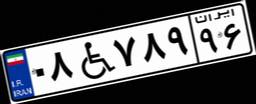
۰۸W۷۸۹۹۶